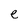
Character: e